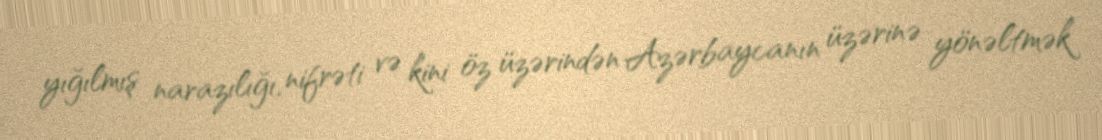
yığılmış narazılığı, nifrəti və kini öz üzərindən Azərbaycanın üzərinə yönəltmək